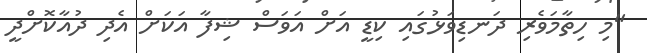
"މި ހިތާމަވެރި ދަނޑިވަޅުގައި ކިޑީ އަށް އަވަސް ޝިފާ އަކަށް އެދި ދުއާކޮށްދީ